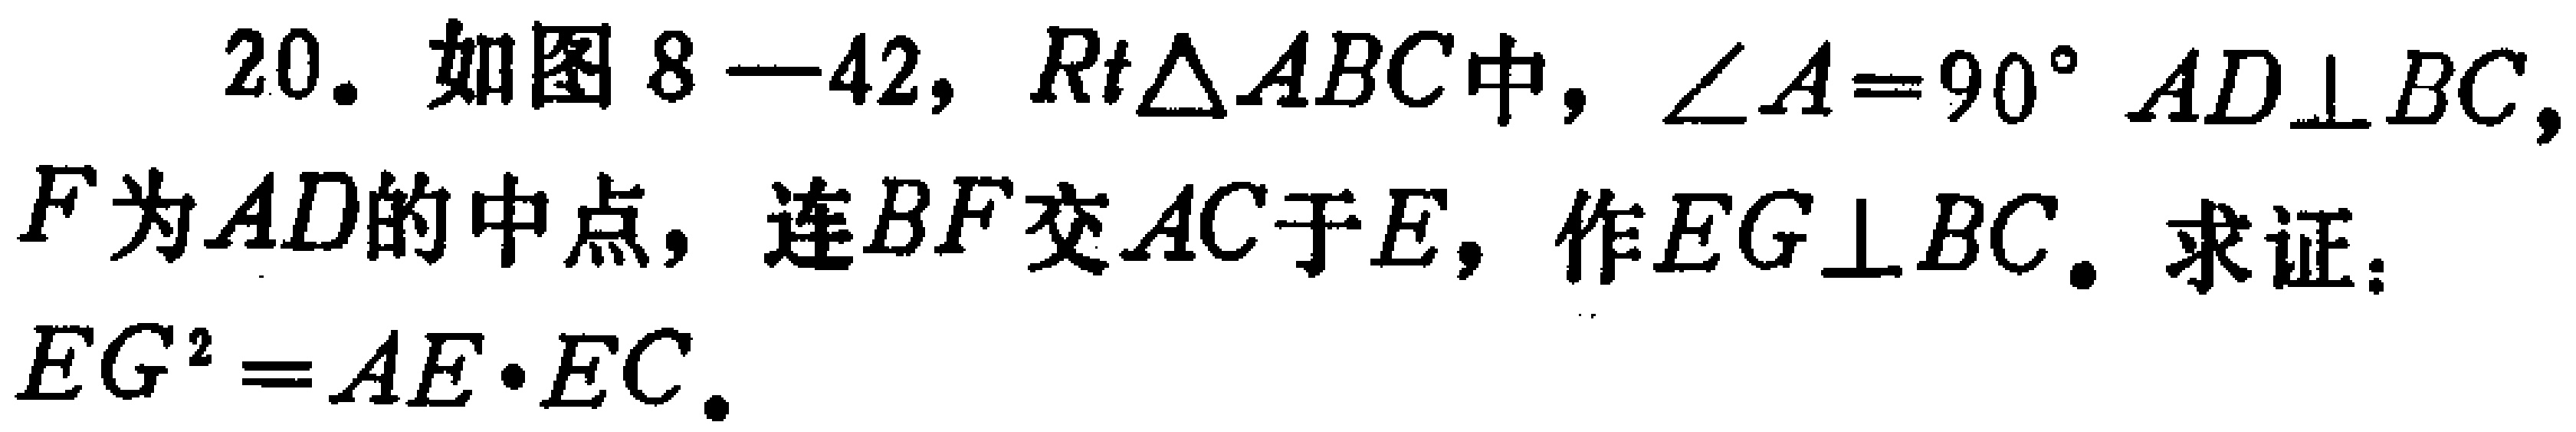
20. 如图8—42，$Rt\triangle ABC$中，$\angle A = 90^{\circ}$，$AD\perp BC$，$F$为$AD$的中点，连$BF$交$AC$于$E$，作$EG\perp BC$。求证：$EG^{2}=AE\cdot EC$。